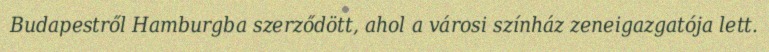
Budapestről Hamburgba szerződött, ahol a városi színház zeneigazgatója lett.